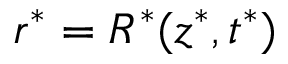
r ^ { * } = R ^ { * } ( z ^ { * } , t ^ { * } )